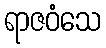
ရာဇဝံသေ